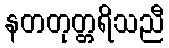
နတတုတ္တရိသညီ